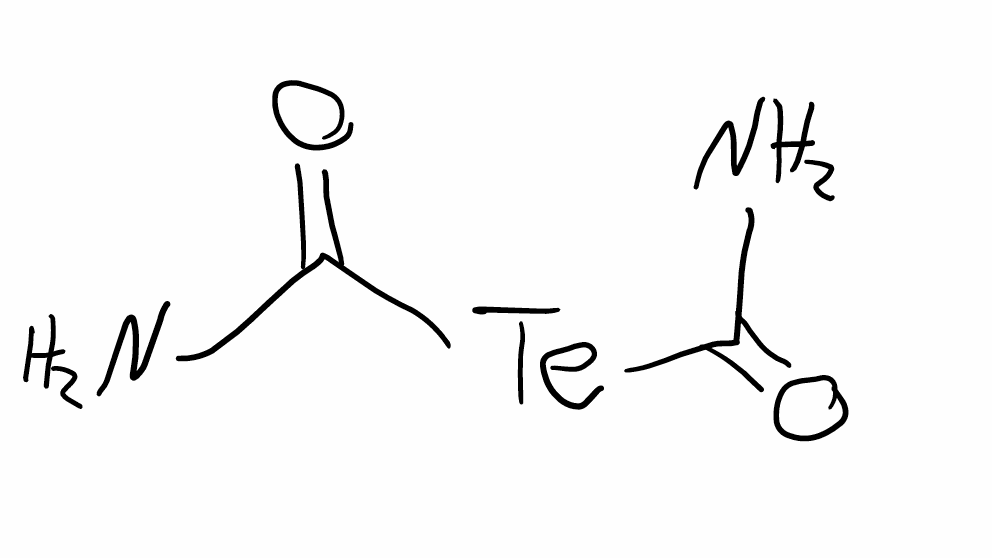
Simplified molecular-input line-entry system (SMILES) notation of the given molecule:
C(=O)(N)[Te]C(=O)N